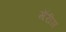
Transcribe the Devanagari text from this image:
मॅरीस